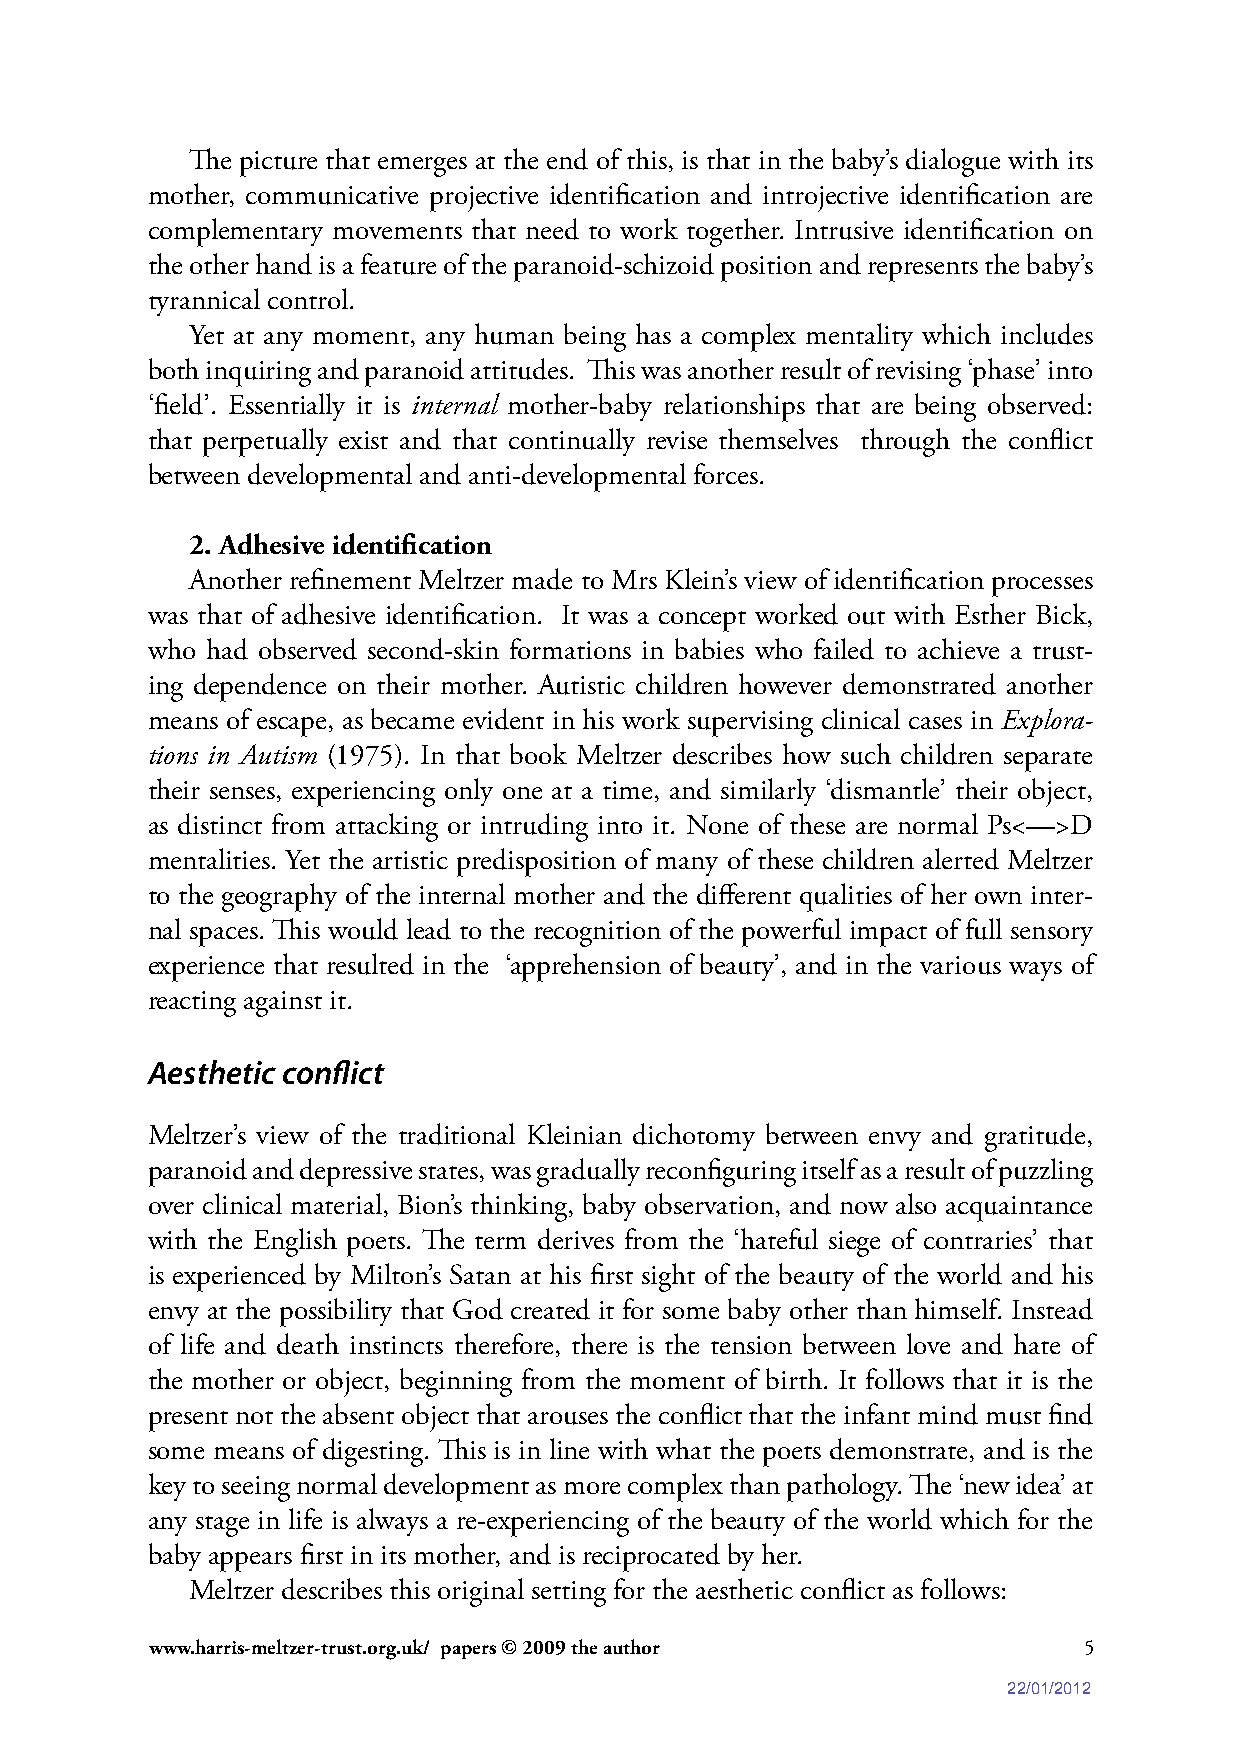
The picture that emerges at the end of this, is that in the baby’s dialogue with its
 mother, communicative projective identification and introjective identification are
 complementary movements that need to work together. Intrusive identification on
 the other hand is a feature of the paranoid-schizoid position and represents the baby’s
 tyrannical control.
 Yet at any moment, any human being has a complex mentality which includes
 both inquiring and paranoid attitudes. This was another result of revising ‘phase’ into
 ‘field’. Essentially it is internal mother-baby relationships that are being observed:
 that perpetually exist and that continually revise themselves through the conflict
 between developmental and anti-developmental forces.
 2. Adhesive identification
 Another refinement Meltzer made to Mrs Klein’s view of identification processes
 was that of adhesive identification. It was a concept worked out with Esther Bick,
 who had observed second-skin formations in babies who failed to achieve a trust-
 ing dependence on their mother. Autistic children however demonstrated another
 means of escape, as became evident in his work supervising clinical cases in Explora-
 tions in Autism (1975). In that book Meltzer describes how such children separate
 their senses, experiencing only one at a time, and similarly ‘dismantle’ their object,
 as distinct from attacking or intruding into it. None of these are normal Ps<—>D
 mentalities. Yet the artistic predisposition of many of these children alerted Meltzer
 to the geography of the internal mother and the different qualities of her own inter-
 nal spaces. This would lead to the recognition of the powerful impact of full sensory
 experience that resulted in the ‘apprehension of beauty’, and in the various ways of
 reacting against it.
 Aesthetic conflict
 Meltzer’s view of the traditional Kleinian dichotomy between envy and gratitude,
 paranoid and depressive states, was gradually reconfiguring itself as a result of puzzling
 over clinical material, Bion’s thinking, baby observation, and now also acquaintance
 with the English poets. The term derives from the ‘hateful siege of contraries’ that
 is experienced by Milton’s Satan at his first sight of the beauty of the world and his
 envy at the possibility that God created it for some baby other than himself. Instead
 of life and death instincts therefore, there is the tension between love and hate of
 the mother or object, beginning from the moment of birth. It follows that it is the
 present not the absent object that arouses the conflict that the infant mind must find
 some means of digesting. This is in line with what the poets demonstrate, and is the
 key to seeing normal development as more complex than pathology. The ‘new idea’ at
 any stage in life is always a re-experiencing of the beauty of the world which for the
 baby appears first in its mother, and is reciprocated by her.
 Meltzer describes this original setting for the aesthetic conflict as follows:
 www.harris-meltzer-trust.org.uk/ papers © 2009 the author     5
 22/01/2012